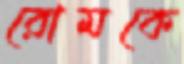
রোমকে